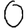
Digit: 0